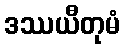
ဒဿယီတုမံ